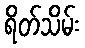
ရိတ်သိမ်း